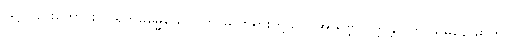
ဖြင့်လည်းကောင်း။ ပရိတ္တဓမ္မေယေဝ၊ ကာမ တရားတို့သာ။ အာရဗ္ဘပဝတ္တန္တိ။ ကြိ ယမနောဓာတု၊